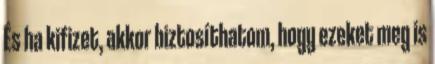
És ha kifizet, akkor biztosíthatom, hogy ezeket meg is